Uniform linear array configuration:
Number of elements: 16
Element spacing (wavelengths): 0.5
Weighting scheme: kaiser
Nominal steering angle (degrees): -60
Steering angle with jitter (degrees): -61.476
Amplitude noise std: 0.05
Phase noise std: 0.05

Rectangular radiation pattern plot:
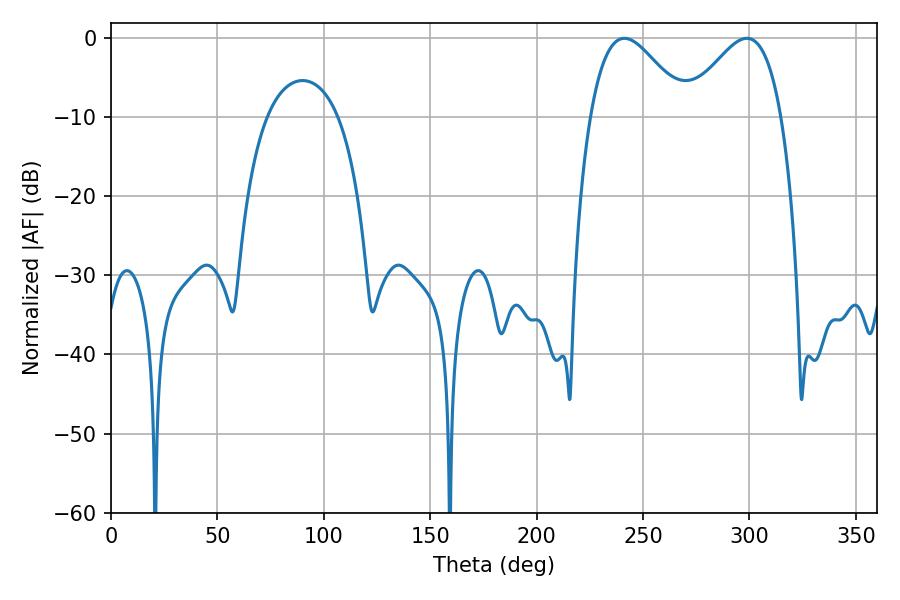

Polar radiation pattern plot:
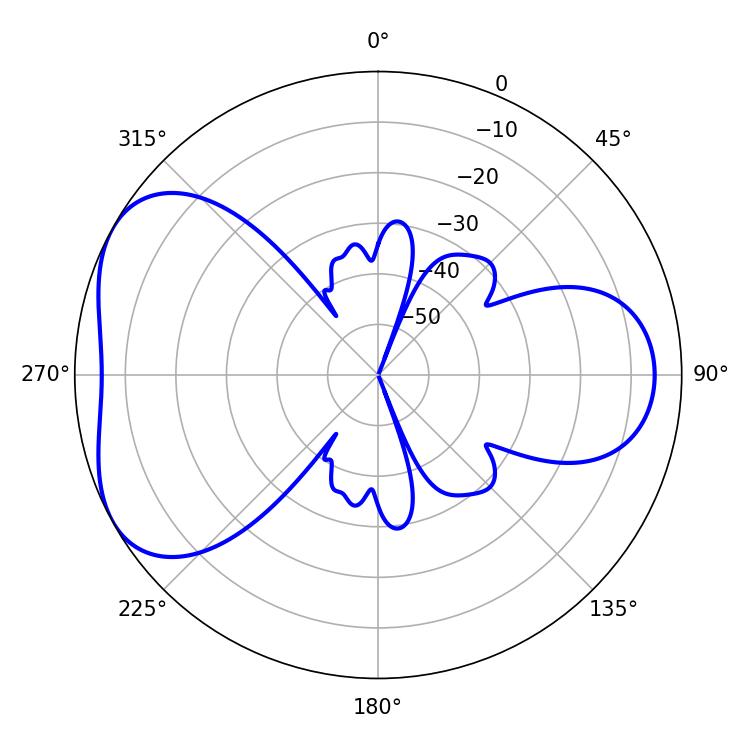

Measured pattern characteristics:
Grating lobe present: FALSE
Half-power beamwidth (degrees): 24.3
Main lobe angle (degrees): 241.2